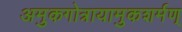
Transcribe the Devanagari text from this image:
अमुकगोत्रायामुकशर्मण्